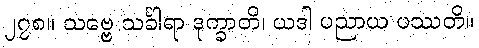
၂၇၈။ သဗ္ဗေ သင်္ခါရာ ဒုက္ခာတိ၊ ယဒါ ပညာယ ပဿတိ။